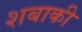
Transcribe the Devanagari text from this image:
शबाकी